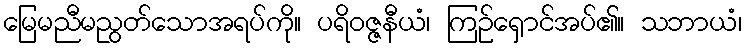
မြေမညီမညွတ်သောအရပ်ကို။ ပရိဝဇ္ဇနီယံ၊ ကြဉ်ရှောင်အပ်၏။ သဘာယံ၊